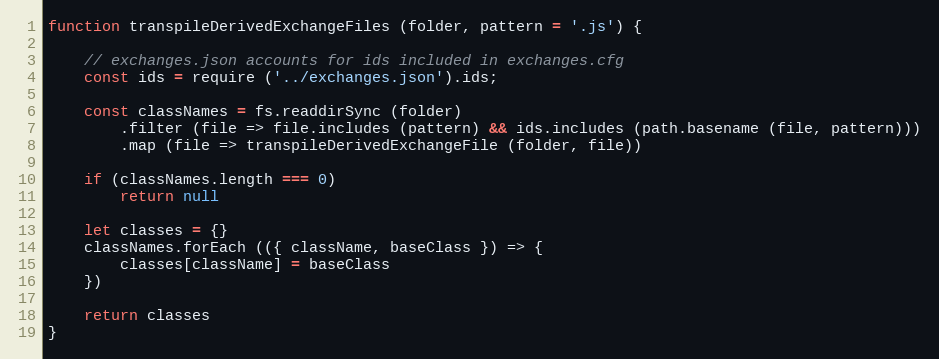
Language: JavaScript
function transpileDerivedExchangeFiles (folder, pattern = '.js') {

    // exchanges.json accounts for ids included in exchanges.cfg
    const ids = require ('../exchanges.json').ids;

    const classNames = fs.readdirSync (folder)
        .filter (file => file.includes (pattern) && ids.includes (path.basename (file, pattern)))
        .map (file => transpileDerivedExchangeFile (folder, file))

    if (classNames.length === 0)
        return null

    let classes = {}
    classNames.forEach (({ className, baseClass }) => {
        classes[className] = baseClass
    })

    return classes
}